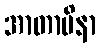
အာတာပိနာ